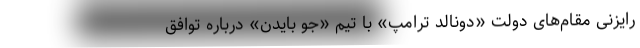
رایزنی مقام‌های دولت «دونالد ترامپ» با تیم «جو بایدن» درباره توافق